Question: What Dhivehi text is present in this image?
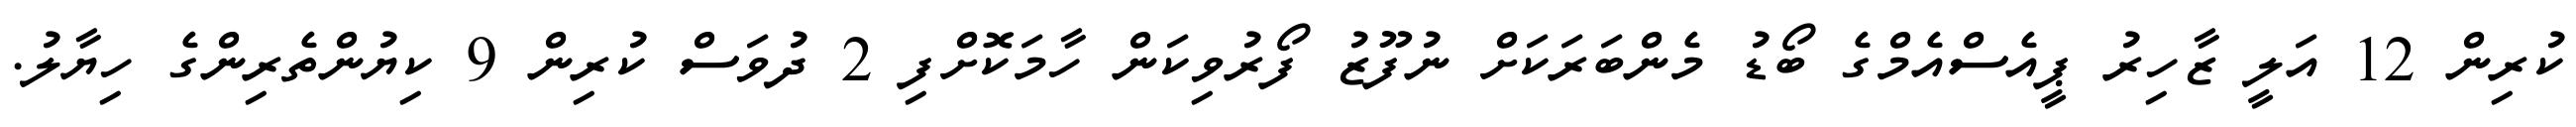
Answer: ކުރިން 12 އަލީ ޒާހިރު ޕީއެސްއެމްގެ ބޯޑު މެންބަރަކަށް ނުފޫޒު ފޯރުވިކަން ހާމަކޮށްފި 2 ދުވަސް ކުރިން 9 ކިޔުންތެރިންގެ ހިޔާލު.